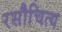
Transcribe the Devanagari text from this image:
रसौचित्य